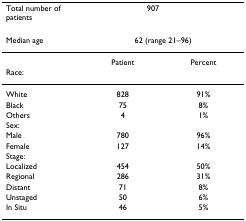
| Total number of patients | 907 |  |
 | --- | --- | --- |
 | Median age | <COLSPAN=2> 62 (range 21–96) |
 |  | Patient | Percent |
 | Race: |  |  |
 | White | 828 | 91% |
 | Black | 75 | 8% |
 | Others | 4 | 1% |
 | Sex: |  |  |
 | Male | 780 | 96% |
 | Female | 127 | 14% |
 | Stage: |  |  |
 | Localized | 454 | 50% |
 | Regional | 286 | 31% |
 | Distant | 71 | 8% |
 | Unstaged | 50 | 6% |
 | In Situ | 46 | 5% |